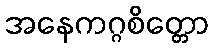
အနေကဂ္ဂစိတ္တော